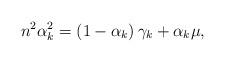
LaTeX: \begin{align*} n^2\alpha_k^2 = \left(1-\alpha_k\right)\gamma_k + \alpha_k \mu,\end{align*}